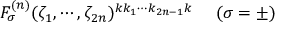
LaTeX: F _ { \sigma } ^ { ( n ) } ( \zeta _ { 1 } , \cdots , \zeta _ { 2 n } ) ^ { k k _ { 1 } \cdots k _ { 2 n - 1 } k } ~ ~ ~ ~ ( \sigma = \pm )